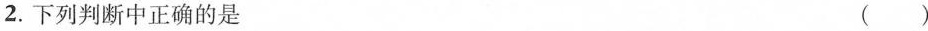
2.下列判断中正确的是（）